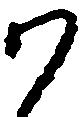
か